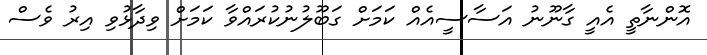
އޮންނާތީ އެއީ ގާނޫނު އަސާސީއެއް ކަމަށް ގަބޫލުނުކުރައްވާ ކަމަށް ވިދާޅުވި އިރު ވެސް